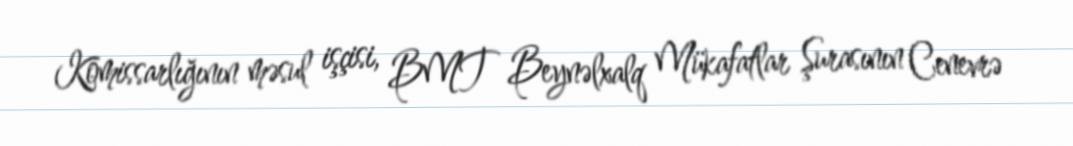
Komissarlığının məsul işçisi, BMT Beynəlxalq Mükafatlar Şurasının Cenevrə